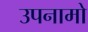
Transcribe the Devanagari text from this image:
उपनामो